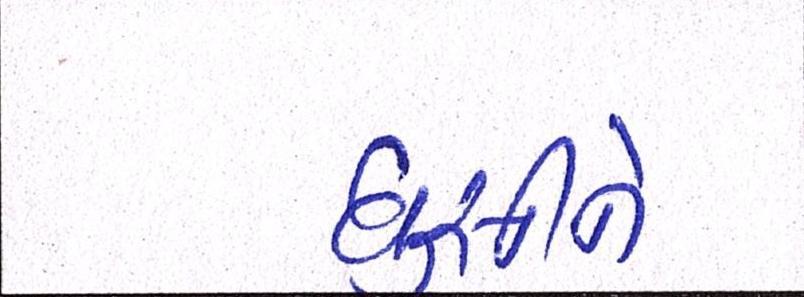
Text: ઘુસીને